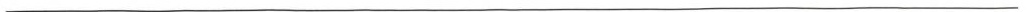
___